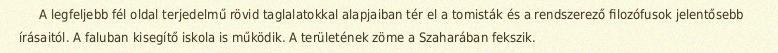
A legfeljebb fél oldal terjedelmű rövid taglalatokkal alapjaiban tér el a tomisták és a rendszerező filozófusok jelentősebb írásaitól. A faluban kisegítő iskola is működik. A területének zöme a Szaharában fekszik.